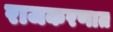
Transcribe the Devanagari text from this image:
राजकरणात